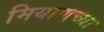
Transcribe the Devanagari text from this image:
मियाणच्या